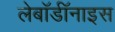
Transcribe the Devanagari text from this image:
लेबॉर्डॉनाइस